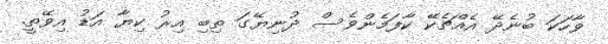
ވާހަކަ ބުނެދޭ އެއްޗެކޭ ކާފަމެންވެސް ދުނިޔޭގަ ތިބި އިރު ކިޔާ އަޑު އިވޭތީ.